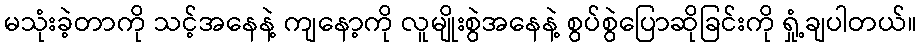
မသုံးခဲ့တာကို သင့်အနေနဲ့ ကျနော့ကို လူမျိုးစွဲအနေနဲ့ စွပ်စွဲပြောဆိုခြင်းကို ရှုံ့ချပါတယ်။